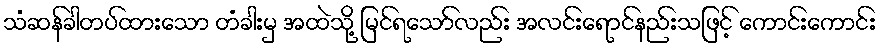
သံဆန်ခါတပ်ထားသော တံခါးမှ အထဲသို့ မြင်ရသော်လည်း အလင်းရောင်နည်းသဖြင့် ကောင်းကောင်း